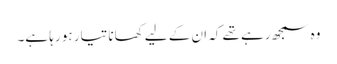
وہ سمجھ رہے تھے کہ ان کے لیے کھانا تیار ہو رہا ہے۔